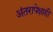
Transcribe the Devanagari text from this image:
अंतरापेक्षाही